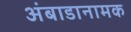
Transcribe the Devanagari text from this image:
अंबाडानामक